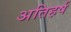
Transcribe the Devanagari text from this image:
अतिहर्ष